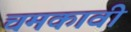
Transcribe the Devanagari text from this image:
चमकावी